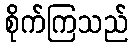
စိုက်ကြသည်